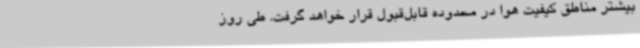
بیشتر مناطق کیفیت هوا در محدوده قابل‌قبول قرار خواهد گرفت. طی روز